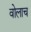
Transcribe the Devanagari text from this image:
वोलाच